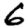
Digit: 6